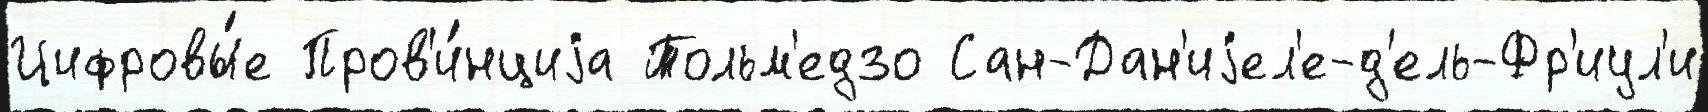
Цифровы́е Пров'и́нциjа Тольм'едзо Сан-Дан'иjел'е-д'ель-Фр'иул'и